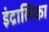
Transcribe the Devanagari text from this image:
इंद्रालिका